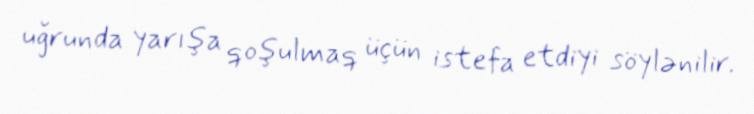
uğrunda yarışa qoşulmaq üçün istefa etdiyi söylənilir.